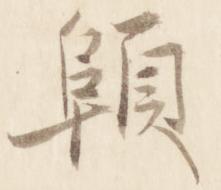
顊